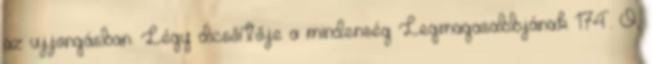
az ujjongásban. Légy dicsőítője a mindenség Legmagasabbjának 174. Ó,